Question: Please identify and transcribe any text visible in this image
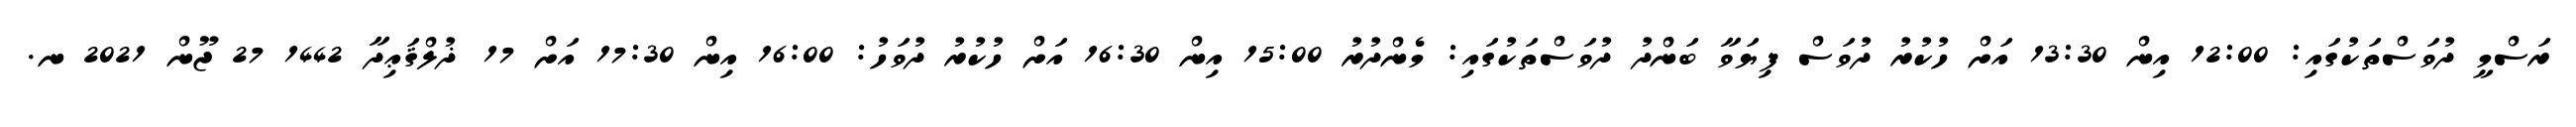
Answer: ރަސްމީ ދުވަސްތަކުގައި: 12:00 އިން 13:30 އަށް ހުކުރު ދުވަސް ފިޔަވާ ބަންދު ދުވަސްތަކުގައި: މެންދުރު 15:00 އިން 16:30 އަށް ހުކުރު ދުވަހު: 16:00 އިން 17:30 އަށް 17 ޛުލްޤަޢިދާ 1442 27 ޖޫން 2021 ނ.